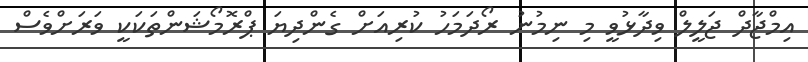
އިމްޖާދް ޖަލީލް ވިދާޅުވީ މި ނިމުނު ރޯދަމަހު ކުރިއަށް ގެންދިޔަ ޕްރޮމޯޝަންތަކަކީ ވަރަށްވެސް